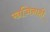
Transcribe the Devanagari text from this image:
खजिनाही